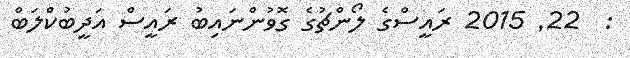
:  22